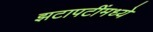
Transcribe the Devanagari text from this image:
झटापटींमध्ये